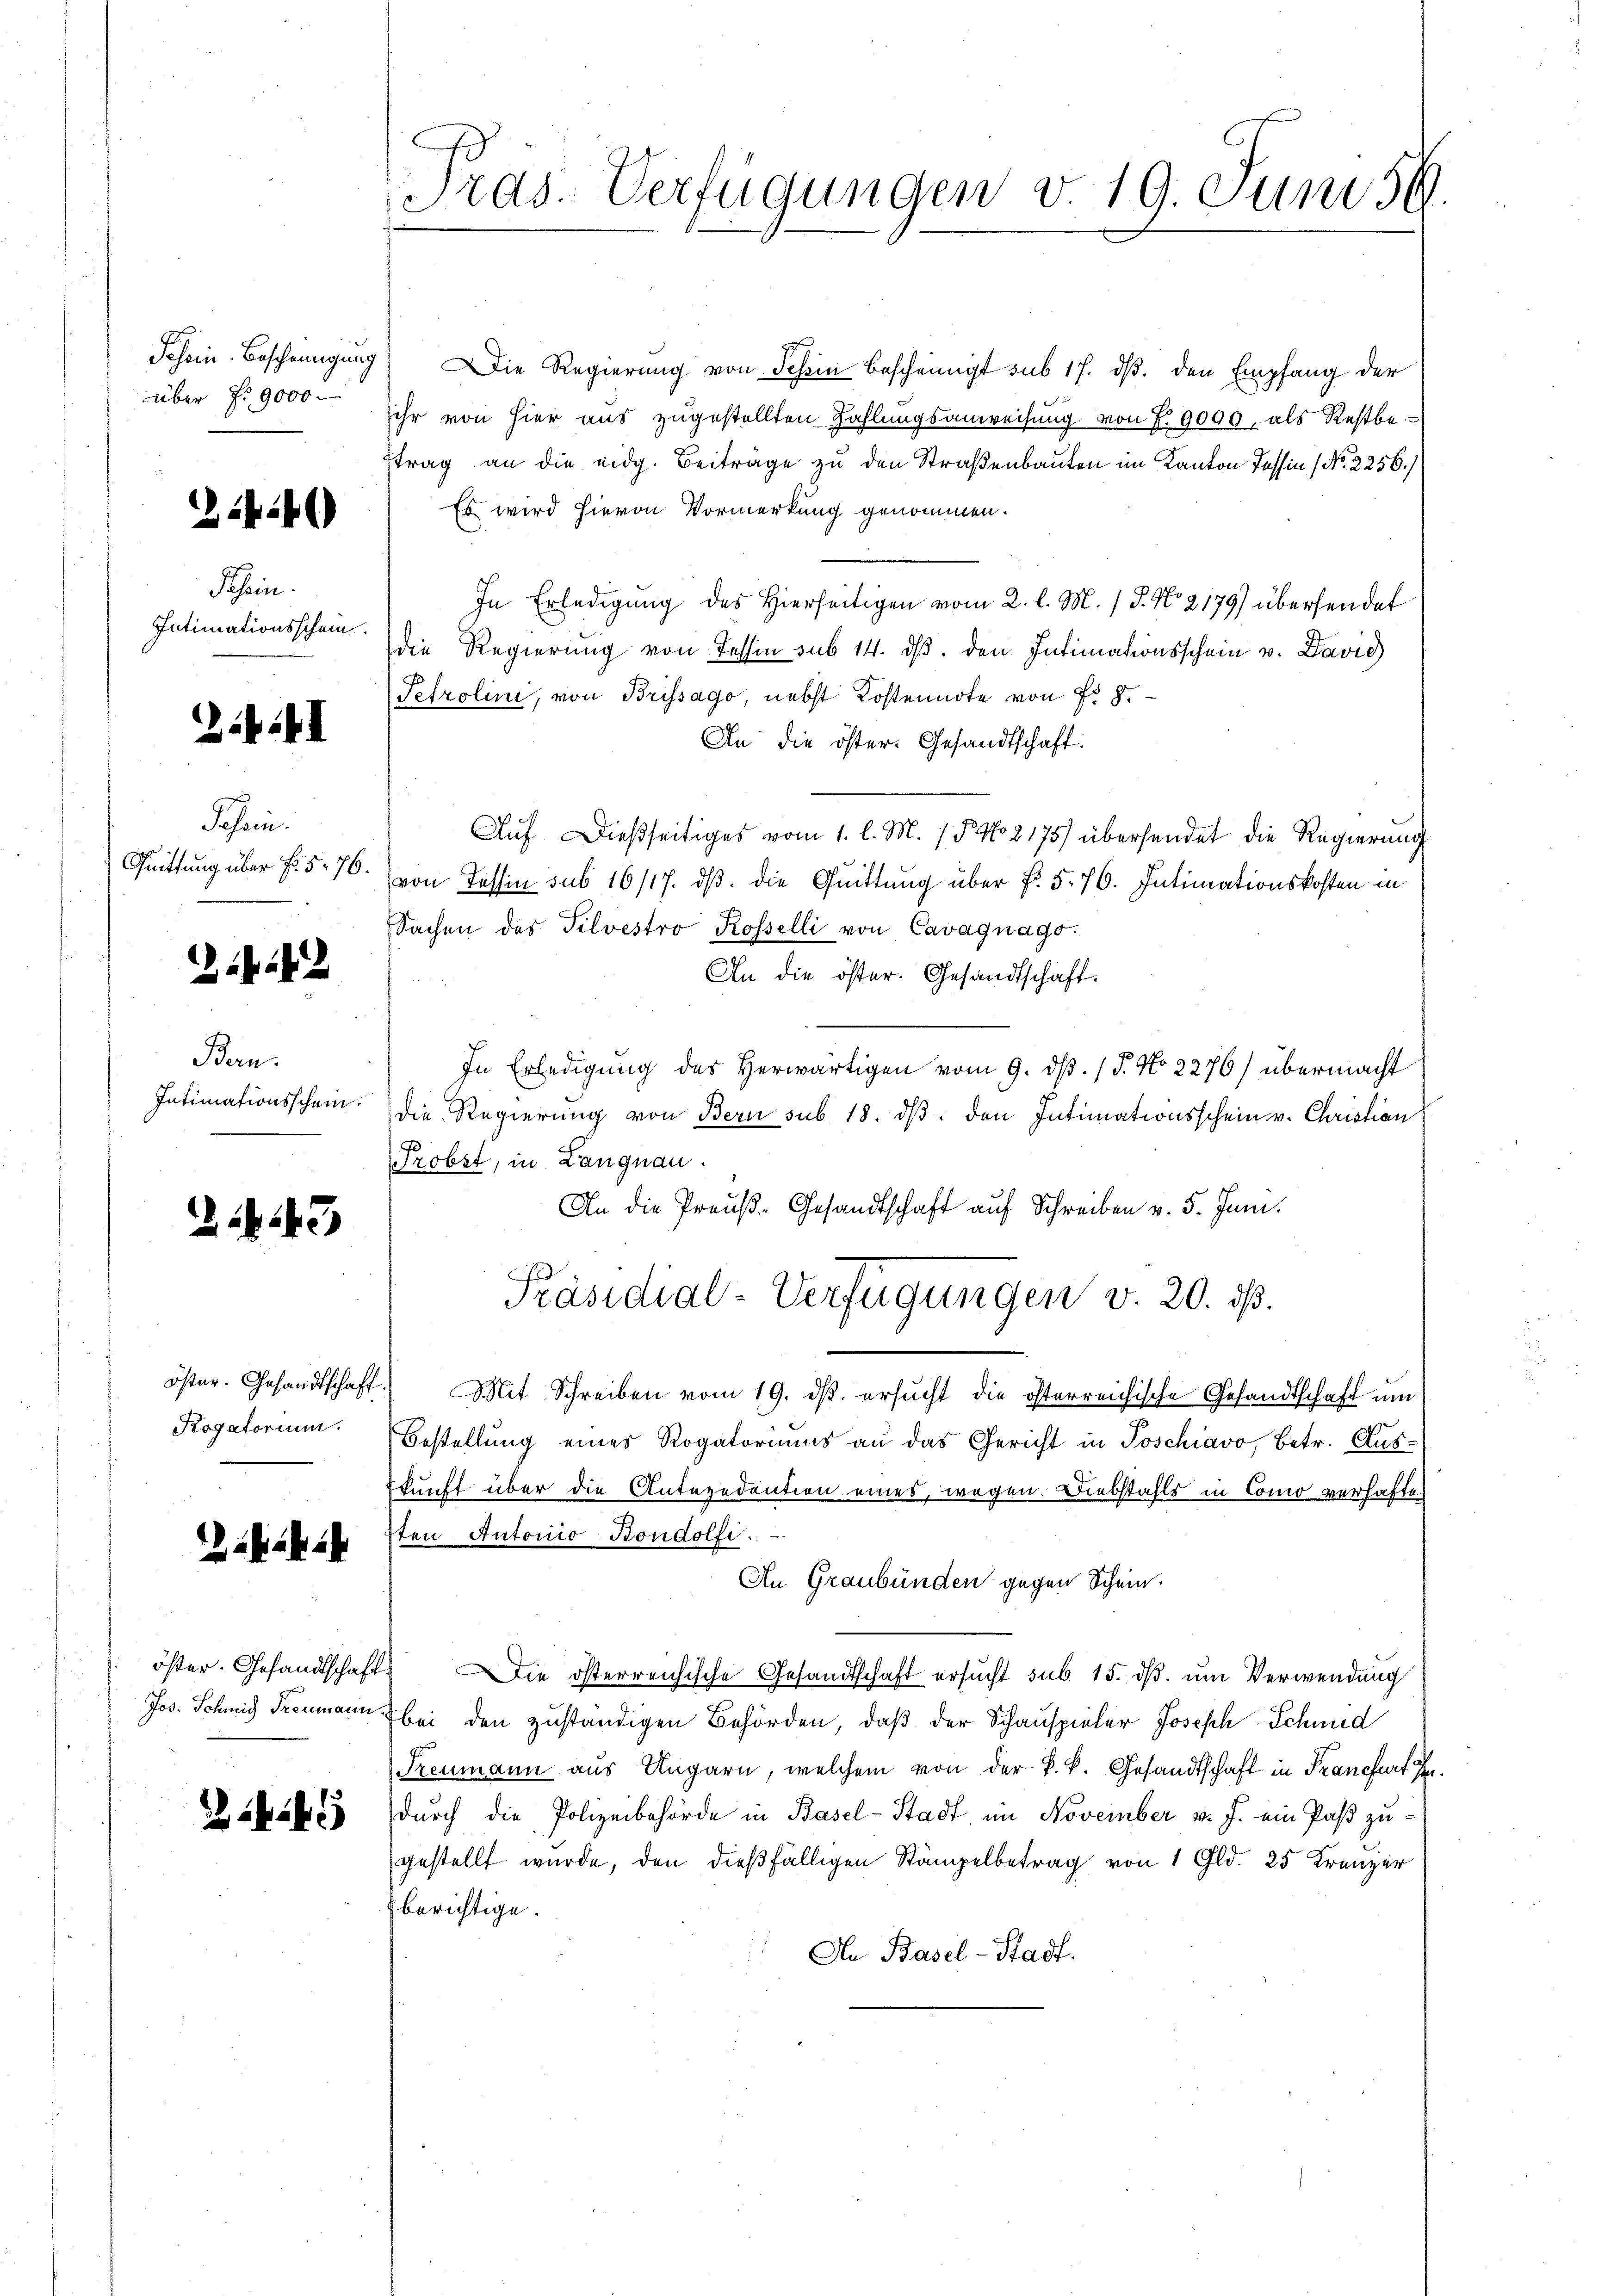
über 19000

3

Jahren.
Quittung über fr. 576.

fa

Bern.

2

4

Schein.
Intimationsschein

143

Rogatorium.

22

2

Schein Bescheinigung) Die Regierung von Schein bescheinigt sub 17. dβ. den Empfang der
sihr von hier aus zugestellten Zahlungsanweisung von P. 9000, als Restbetrag an die eidg. Beiträge zu den Straßenbauten im Kanton Tessin (No. 2256.)
Es wird hievon Vormerkung genommen.
In Erledigung des Hierseitigen vom 2. l. M. / P. No 2179) übersendet
die Regierung von Tessin sub 14. dβ. den Intimationsschein u. David
Setrolini, von Brissago, nebst Kostennote von Fr. 8.
An die öster Gesandtschaft.
Auf dießseitiges vom 1. l. M. / 5. No 2175) übersendet die Regierung
von Tessin sub 16/17. ds. die Quittung über §. 5. 76. Intimationskosten in
Sachen des Tilvestro Rosselli von Cavagnago.
An die öster. Gesandtschaft.
In Erledigung des Herwärtigen vom 9. ds. / 5. No 2276) übermacht
Intimationsschein. Die Regierung von Bern sub 18. dβ. den Intimationsschein v. Christian
Probst, in Langnau.
An die Preuß-Gesandtschaft auf Schreiben v. 5. Juni.
Präsidial-Verfügungen v. 20. ds.
öster. Gesandtschaft. Mit Schreiben vom 19. dβ. ersŭcht die österreichische Gesandtschaft ŭm
Bestellung eines Rogatoriums an das Gericht in Poschiavo, betr. Aus-
kunft über die Antezedention eines, wegen. Diebstahls in Como verhaften
sten Antonio-Bondolfi.
An Graubünden gegen Schein.
öster. Gesandtschaft. Die österreichische Gesandtschaft ersŭcht sub 15. dβ. ŭm Verwendung
Jos. Schmid Trenmann bei den zuständigen Behörden, daß der Schauspieler Joseph Schmied
Treumann aus Ungarn, welchem von der k. k. Gesandtschaft in Franchert I
durch die Polizeibehörde in Basel-Stadt, im November v. J. ein Paß zugestellt wurde, den dießfälligen Stämpelbetrag von 1 Gld. 25 Kränzer
berichtige.
An Basel-Stadt.

Tras. Verfügungen v. 19. Juni 59.
s